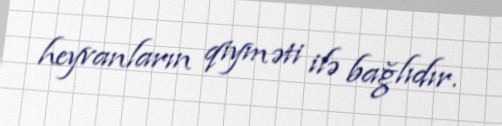
heyvanların qiyməti ilə bağlıdır.